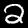
Label: 2